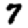
Digit: 7